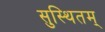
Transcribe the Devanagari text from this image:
सुस्थितम्